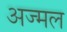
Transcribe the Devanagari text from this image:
अज्मल